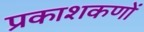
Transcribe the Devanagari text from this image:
प्रकाशकणों